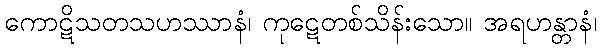
ကောဋိသတသဟဿာနံ၊ ကုဋေတစ်သိန်းသော။ အရဟန္တာနံ၊